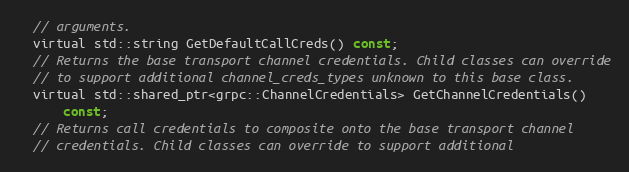
Language: C
  // arguments.
  virtual std::string GetDefaultCallCreds() const;
  // Returns the base transport channel credentials. Child classes can override
  // to support additional channel_creds_types unknown to this base class.
  virtual std::shared_ptr<grpc::ChannelCredentials> GetChannelCredentials()
      const;
  // Returns call credentials to composite onto the base transport channel
  // credentials. Child classes can override to support additional